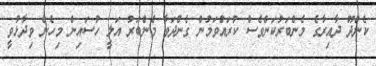
ކެންދޫ ދާއިރާގެ މެންބަރުކަންވެސް ކުރައްވަމުން ގެންދަވާ މެންބަރު އަލީ ހުސައިން މިހެން ވިދާޅުވީ